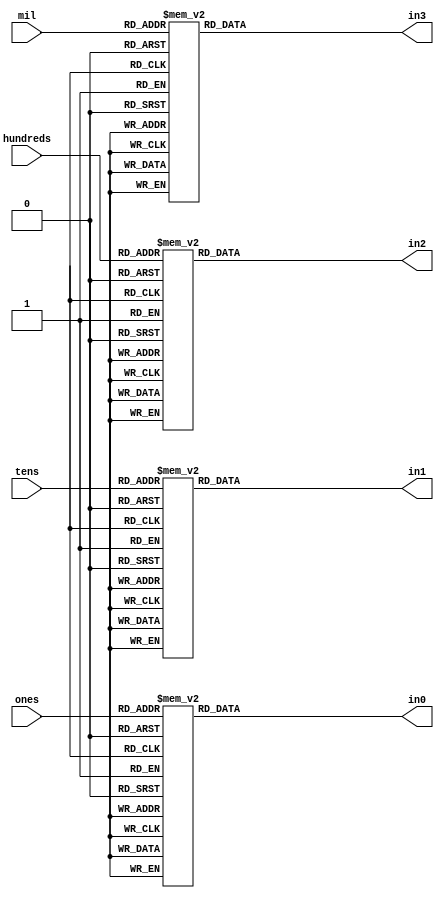
`timescale 1ns / 1ps
//////////////////////////////////////////////////////////////////////////////////
// Company: 
// Engineer: 
// 
// Design Name: 
// Module Name:    Display 
// Project Name: 
// Target Devices: 
// Tool versions: 
// Description: 
//
// Dependencies: 
//
// Revision: 
// Revision 0.01 - File Created
// Additional Comments: 
//
//////////////////////////////////////////////////////////////////////////////////
module Display(
	input wire [3:0] ones,tens,hundreds,mil,
	output wire [6:0] in0 ,in1,in2,in3
    );

reg [6:0] in00, in11,in22,in33;

// 7-segment encoding
//      0
//     ---
//  5 |   | 1
//     --- <--6
//  4 |   | 2
//     ---
//      3

   always @(ones)
      case (ones)
          4'b0001 : in00 = 7'b1111001;   // 1
          4'b0010 : in00 = 7'b0100100;   // 2
          4'b0011 : in00 = 7'b0110000;   // 3
          4'b0100 : in00 = 7'b0011001;   // 4
          4'b0101 : in00 = 7'b0010010;   // 5
          4'b0110 : in00 = 7'b0000010;   // 6
          4'b0111 : in00 = 7'b1111000;   // 7
          4'b1000 : in00 = 7'b0000000;   // 8
          4'b1001 : in00 = 7'b0010000;   // 9
          4'b1010 : in00 = 7'b0001000;   // A
          4'b1011 : in00 = 7'b0000011;   // b
          4'b1100 : in00 = 7'b1000110;   // C
          4'b1101 : in00 = 7'b0100001;   // d
          4'b1110 : in00 = 7'b0000110;   // E
          4'b1111 : in00 = 7'b0001110;   // F
          default : in00 = 7'b1000000;   // 0
      endcase

   always @(tens)
      case (tens)
          4'b0001 : in11 = 7'b1111001;   // 1
          4'b0010 : in11 = 7'b0100100;   // 2
          4'b0011 : in11 = 7'b0110000;   // 3
          4'b0100 : in11 = 7'b0011001;   // 4
          4'b0101 : in11 = 7'b0010010;   // 5
          4'b0110 : in11 = 7'b0000010;   // 6
          4'b0111 : in11 = 7'b1111000;   // 7
          4'b1000 : in11 = 7'b0000000;   // 8
          4'b1001 : in11 = 7'b0010000;   // 9
          4'b1010 : in11 = 7'b0001000;   // A
          4'b1011 : in11 = 7'b0000011;   // b
          4'b1100 : in11 = 7'b1000110;   // C
          4'b1101 : in11 = 7'b0100001;   // d
          4'b1110 : in11 = 7'b0000110;   // E
          4'b1111 : in11 = 7'b0001110;   // F
          default : in11 = 7'b1000000;   // 0
      endcase

   always @(hundreds)
      case (hundreds)
          4'b0001 : in22 = 7'b1111001;   // 1
          4'b0010 : in22 = 7'b0100100;   // 2
          4'b0011 : in22 = 7'b0110000;   // 3
          4'b0100 : in22 = 7'b0011001;   // 4
          4'b0101 : in22 = 7'b0010010;   // 5
          4'b0110 : in22 = 7'b0000010;   // 6
          4'b0111 : in22 = 7'b1111000;   // 7
          4'b1000 : in22 = 7'b0000000;   // 8
          4'b1001 : in22 = 7'b0010000;   // 9
          4'b1010 : in22 = 7'b0001000;   // A
          4'b1011 : in22 = 7'b0000011;   // b
          4'b1100 : in22 = 7'b1000110;   // C
          4'b1101 : in22 = 7'b0100001;   // d
          4'b1110 : in22 = 7'b0000110;   // E
          4'b1111 : in22 = 7'b0001110;   // F
          default : in22 = 7'b1000000;   // 0
      endcase
		
   always @(mil)
      case (mil)
          4'b0001 : in33 = 7'b1111001;   // 1
          4'b0010 : in33 = 7'b0100100;   // 2
          4'b0011 : in33 = 7'b0110000;   // 3
          4'b0100 : in33 = 7'b0011001;   // 4
          4'b0101 : in33 = 7'b0010010;   // 5
          4'b0110 : in33 = 7'b0000010;   // 6
          4'b0111 : in33 = 7'b1111000;   // 7
          4'b1000 : in33 = 7'b0000000;   // 8
          4'b1001 : in33 = 7'b0010000;   // 9
          4'b1010 : in33 = 7'b0001000;   // A
          4'b1011 : in33 = 7'b0000011;   // b
          4'b1100 : in33 = 7'b1000110;   // C
          4'b1101 : in33 = 7'b0100001;   // d
          4'b1110 : in33 = 7'b0000110;   // E
          4'b1111 : in33 = 7'b0001110;   // F
          default : in33 = 7'b1000000;   // 0
      endcase
		
assign in0=in00;
assign in1=in11;
assign in2=in22;
assign in3=in33;

endmodule